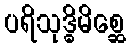
ပရိသုဒ္ဓိမိစ္ဆေ